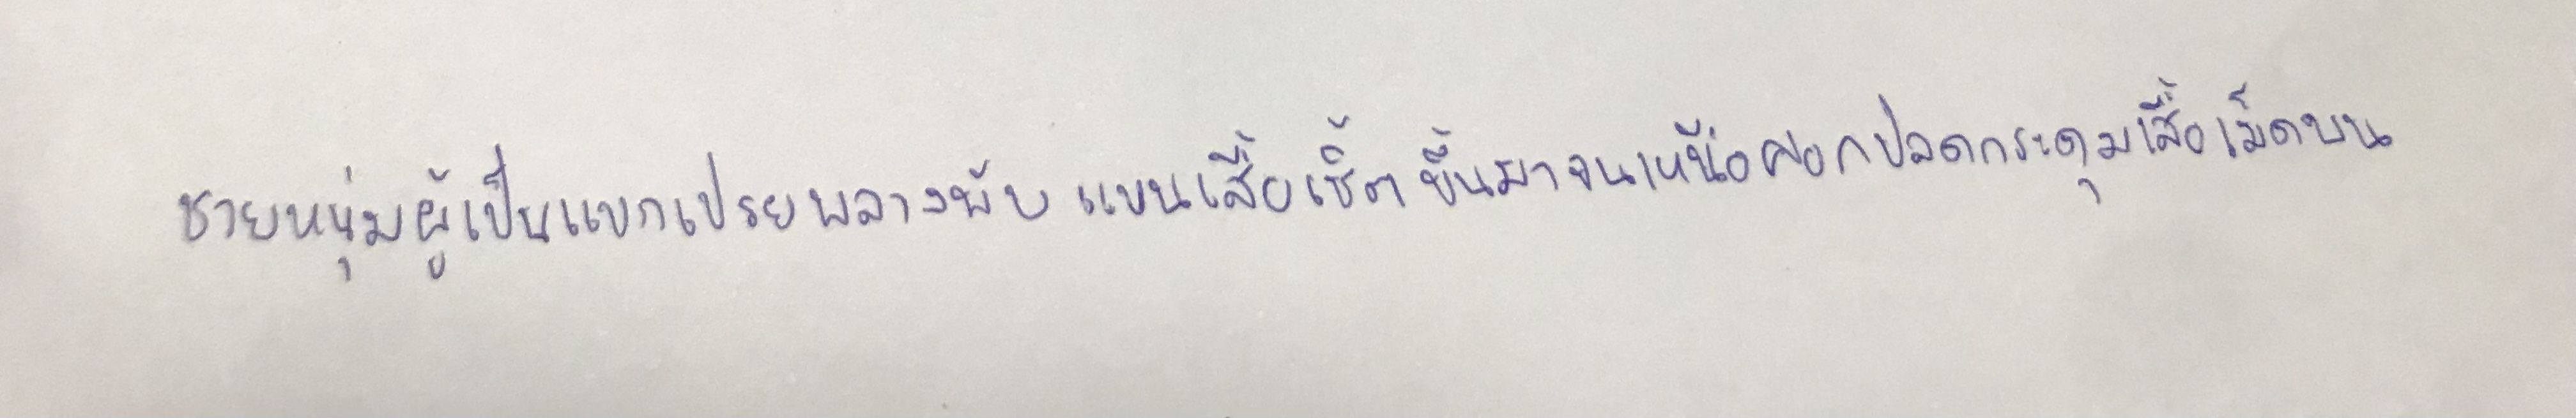
ชายหนุ่มผู้เป็นแขกเปรยพลางพับแขนเสื้อเชิ้ตขึ้นมาจนเหนือศอกปลดกระดุมเสื้อเม็ดบน